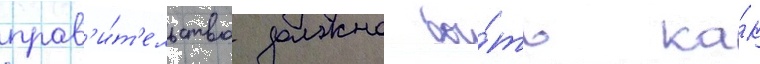
прав'и́т'ельство должно бы́ть ка́к